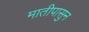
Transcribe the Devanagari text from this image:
मातीपासुन